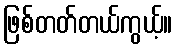
ဖြစ်တတ်တယ်ကွယ့်။